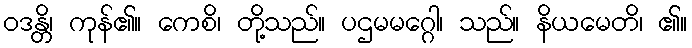
ဝဒန္တိ၊ ကုန်၏။ ကေစိ၊ တို့သည်။ ပဌမမဂ္ဂေါ၊ သည်။ နိယမေတိ၊ ၏။